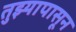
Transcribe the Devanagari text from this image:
तुझ्यापासून